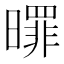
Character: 𣋖